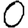
Digit: 0